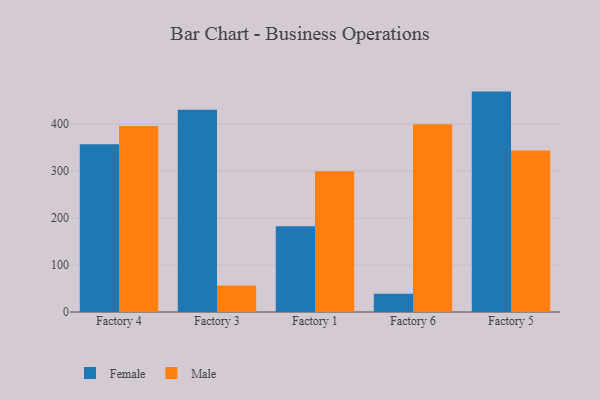
{"axis": {"x": "Factory", "y": "Churn Rate (%)"}, "legend": ["Female", "Male"], "data": [{"x": "Factory 4", "y": 357.1, "type": "Female"}, {"x": "Factory 4", "y": 395.8, "type": "Male"}, {"x": "Factory 3", "y": 430.2, "type": "Female"}, {"x": "Factory 3", "y": 56.5, "type": "Male"}, {"x": "Factory 1", "y": 182.4, "type": "Female"}, {"x": "Factory 1", "y": 299.6, "type": "Male"}, {"x": "Factory 6", "y": 38.9, "type": "Female"}, {"x": "Factory 6", "y": 399.6, "type": "Male"}, {"x": "Factory 5", "y": 469.0, "type": "Female"}, {"x": "Factory 5", "y": 343.7, "type": "Male"}]}